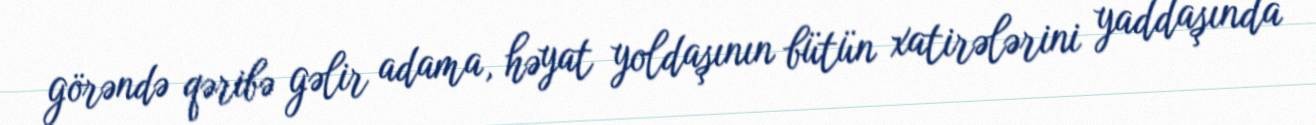
görəndə qəribə gəlir adama, həyat yoldaşının bütün xatirələrini yaddaşında